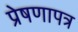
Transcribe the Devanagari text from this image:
प्रेषणापत्र